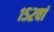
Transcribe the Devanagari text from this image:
१५२वां